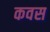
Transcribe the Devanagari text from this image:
कवस